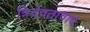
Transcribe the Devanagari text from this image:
त्रिदेवतावाद